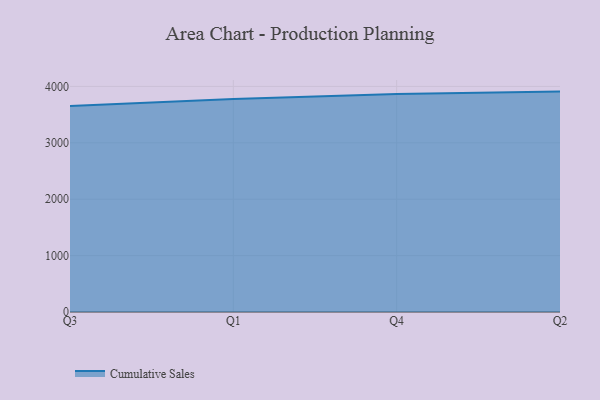
{"axis": {"x": "Quarter", "y": "Operating Costs (USD K)"}, "legend": ["Cumulative Sales"], "data": [{"x": "Q3", "y": 3653.6, "type": "Cumulative Sales"}, {"x": "Q1", "y": 3775.9, "type": "Cumulative Sales"}, {"x": "Q4", "y": 3865.1, "type": "Cumulative Sales"}, {"x": "Q2", "y": 3907.8, "type": "Cumulative Sales"}]}